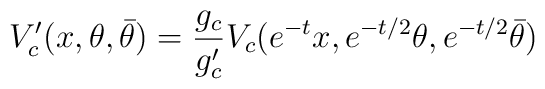
V'_c(x, \theta, \bar{\theta}) = \frac{g_c}{g'_c}   V_c (e^{-t} x, e^{-t/2}\theta, e^{-t/2}\bar{\theta})